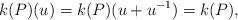
LaTeX: \begin{align*}k(P)(u) = k(P)(u+u^{-1})= k(P),\end{align*}